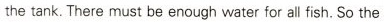
the tank.There must be enough water for all fish.So the